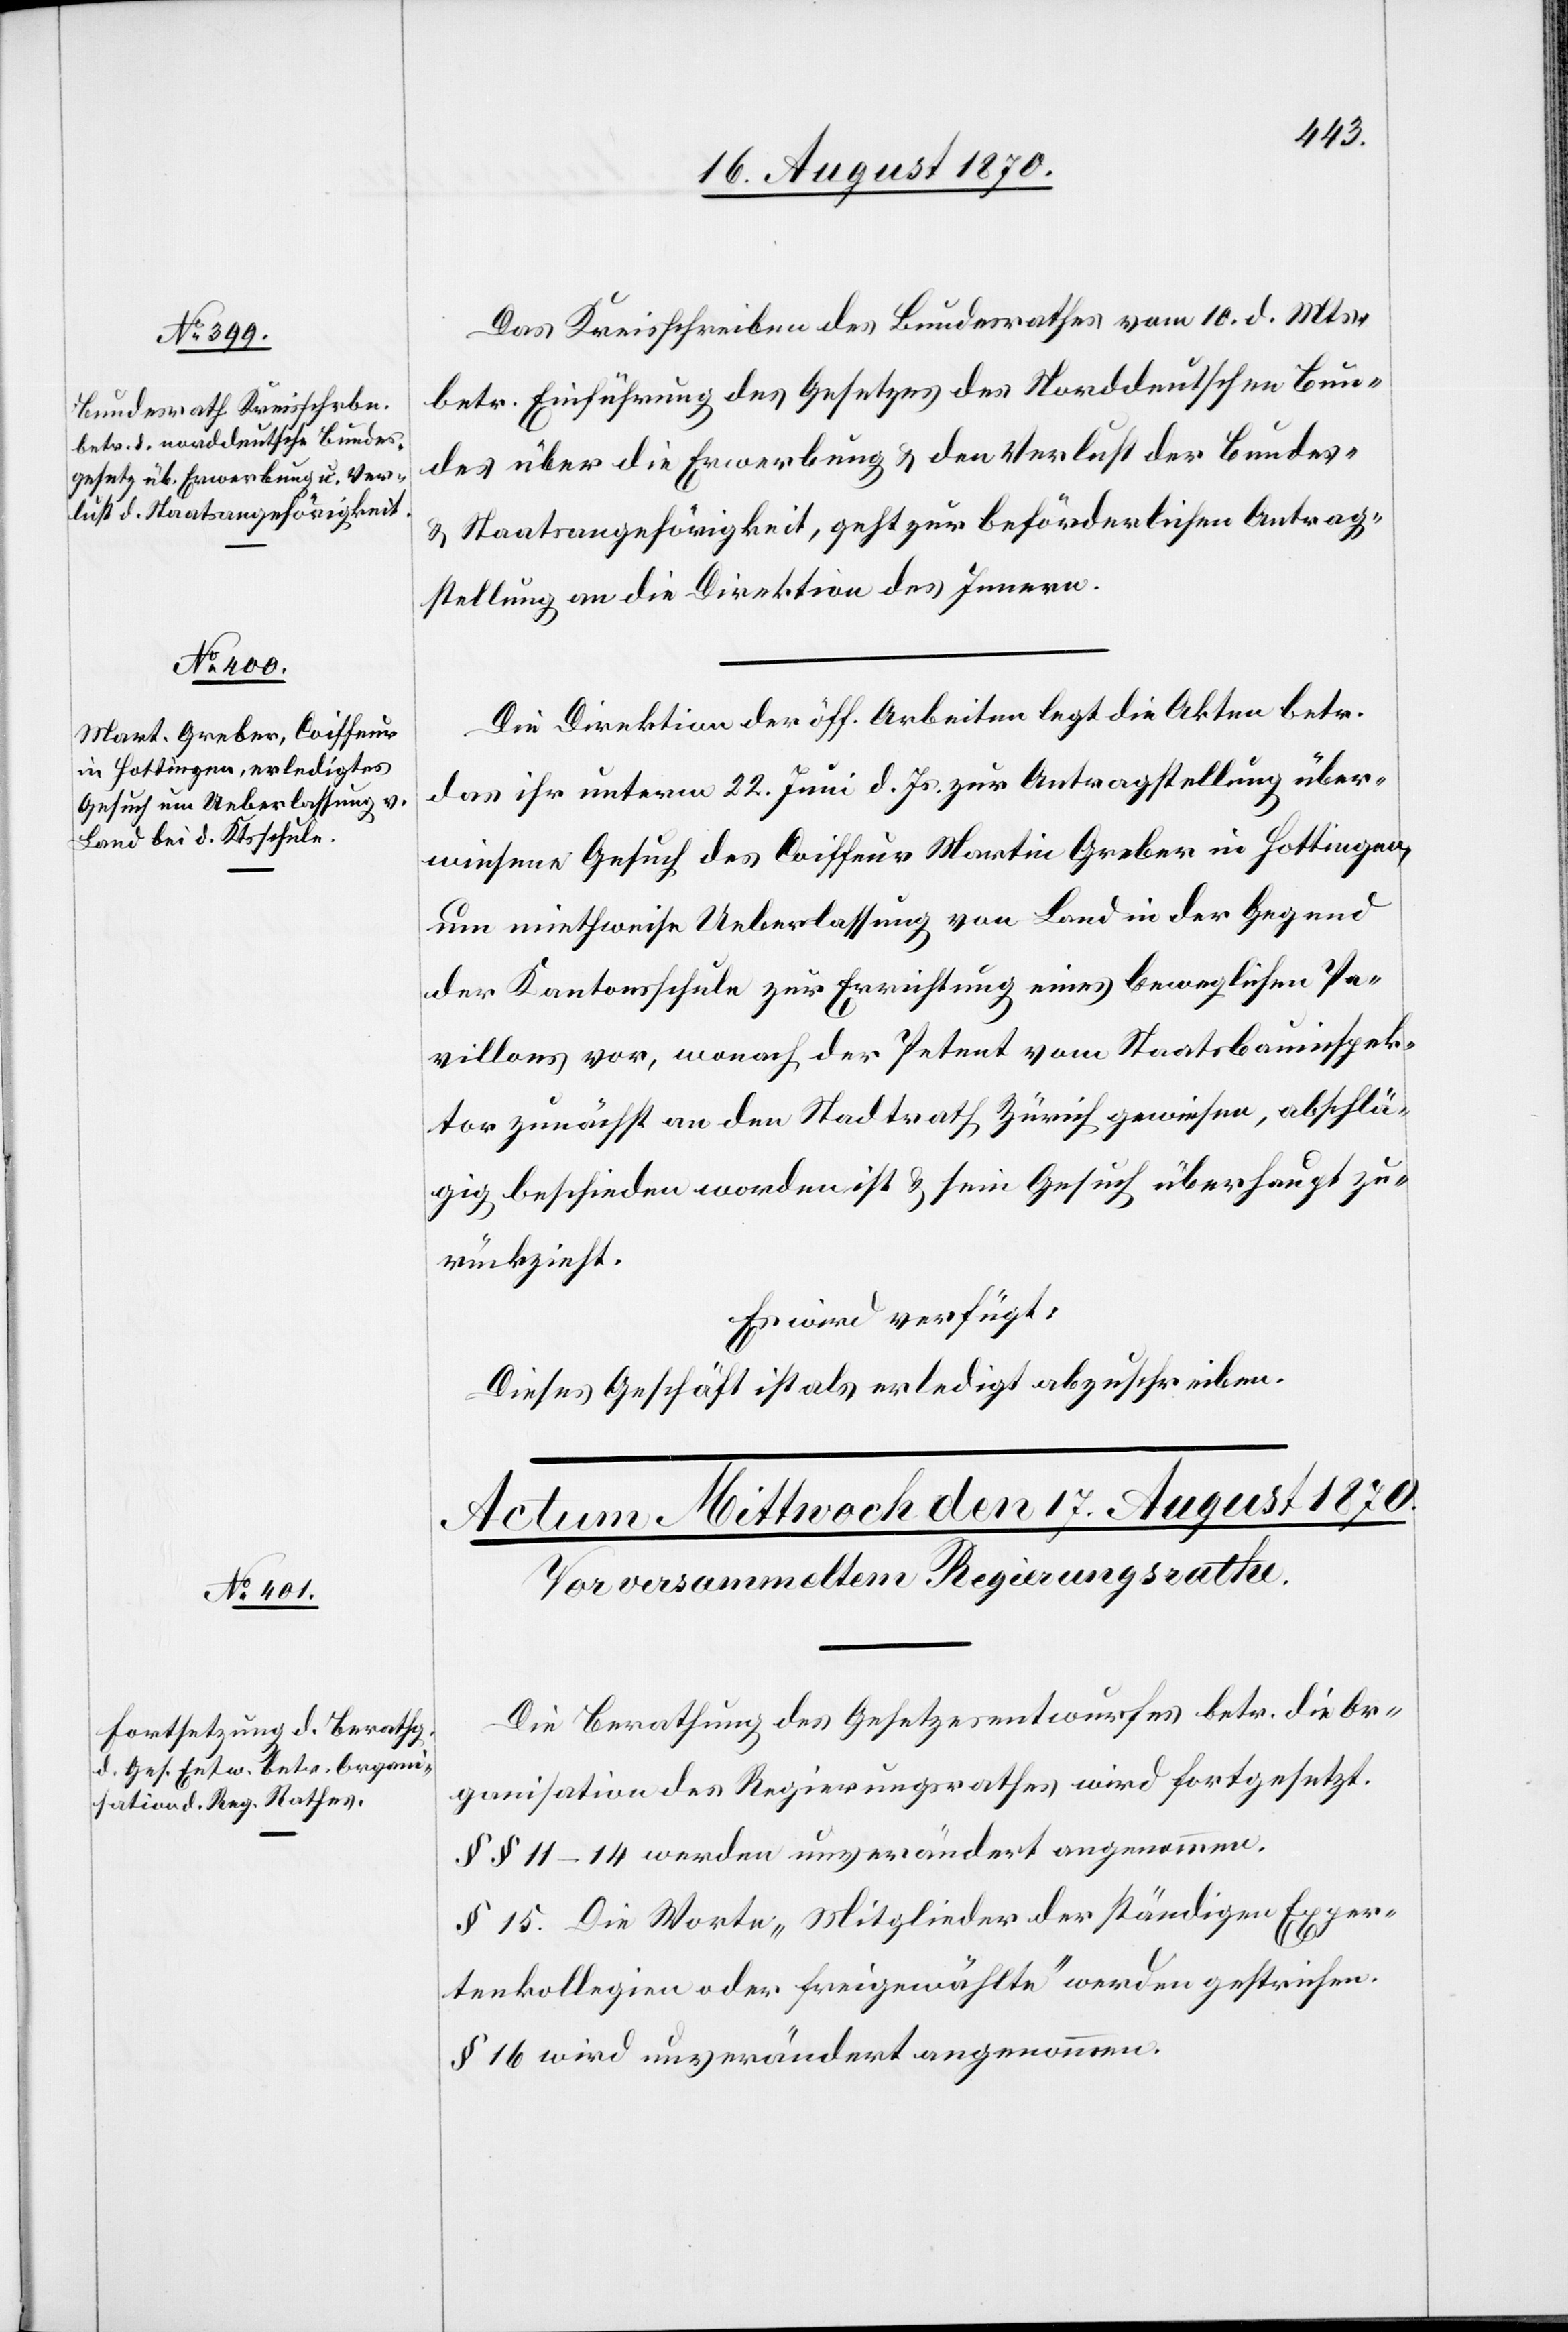
Das Kreisschreiben des Bundesrathes vom 10. d. Mts.
betr. Einführung des Gesetzes des Norddeutschen Bun¬
des über die Erwerbung & den Verlust der Bundes-
& Staatsangehörigkeit, geht zur beförderlichen Antrag¬
stellung an die Direktion des Innern.
Die Direktion der öff. Arbeiten legt die Akten betr.
das ihr unterm 22. Juni d. Js. zur Antragstellung über¬
wiesene Gesuch des Coiffeur Martin Greber in Hottingen,
um miethweise Ueberlassung von Land in der Gegend
der Kantonsschule zur Errichtung eines beweglichen Pa¬
villons vor, wonach der Petent vom Staatsbauinspek¬
torat zunächst an den Stadtrath Zürich gewiesen, abschlä¬
gig beschieden worden ist & sein Gesuch überhaupt zu¬
rückzieht.
Es wird verfügt:
Dieses Geschäft ist als erledigt abzuschreiben.
Die Berathung des Gesetzesentwurfes betr. die Or¬
ganisation des Regierungsrathes wird fortgesetzt.
§§ 11–14 werden unverändert angenommen.
§ 15. Die Worte „Mitglieder der ständigen Exper¬
tenkollegien der freigewählte“ werden gestrichen.
§ 16 wird unverändert angenommen.